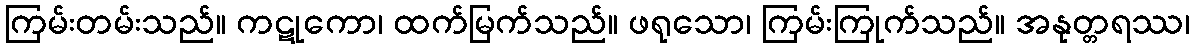
ကြမ်းတမ်းသည်။ ကဋုကော၊ ထက်မြက်သည်။ ဖရုသော၊ ကြမ်းကြုက်သည်။ အနုတ္တရဿ၊